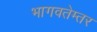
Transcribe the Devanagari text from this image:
भागवतेम्तर